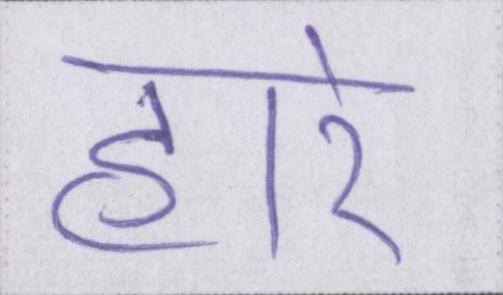
हारे